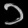
Digit: ၁